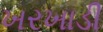
ખરખાડી